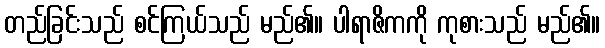
တည်ခြင်းသည် စင်ကြယ်သည် မည်၏။ ပါရာဇိကကို ကုစားသည် မည်၏။